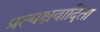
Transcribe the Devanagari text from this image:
प्रत्यक्षवादिता